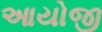
આયોજી